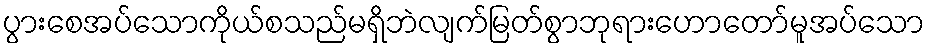
ပွားစေအပ်သောကိုယ်စသည်မရှိဘဲလျက်မြတ်စွာဘုရားဟောတော်မူအပ်သော